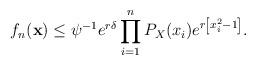
LaTeX: \begin{align*}f_{n}(\mathbf{x})\leq\psi^{-1}e^{r\delta}\prod_{i=1}^{n}P_{X}(x_{i})e^{r\left[x_{i}^{2}-1\right]}.\end{align*}